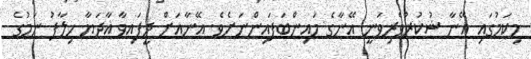
މިކަމުގައި އޭނާ ޝުކުރުވެރިވަނީ އޭނާގެ މައިންބަފައިންނަށެވެ. އޭނާއަށް ދީފައިވާ އާދަޔާ ހިލާފު ނަމުގެ